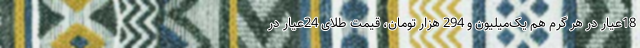
18عیار در هر گرم هم یک‌میلیون و 294 هزار تومان، قیمت طلای 24عیار در